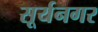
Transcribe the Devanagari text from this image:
सूर्यनगर